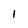
Character: 1